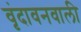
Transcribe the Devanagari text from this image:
वृंदावनवाली